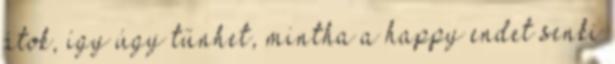
átok, így úgy tűnhet, mintha a happy endet senki